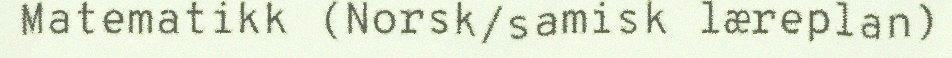
Matematikk (Norsk/samisk læreplan)